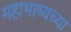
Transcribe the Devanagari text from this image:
महाभाष्यच्या